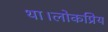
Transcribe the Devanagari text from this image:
था।लोकप्रिय